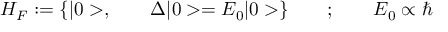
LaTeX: H _ { F } : = { \{ | 0 > , \qquad \Delta | 0 > = E _ { 0 } | 0 > } \} \qquad ; \qquad E _ { 0 } \propto \hbar